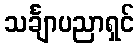
သင်္ချာပညာရှင်